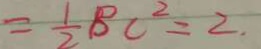
= \frac { 1 } { 2 } B C ^ { 2 } = 2 .